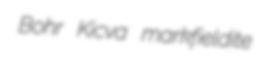
Bohr Kicva markfieldite